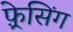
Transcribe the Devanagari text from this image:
फ़्रेसिंग